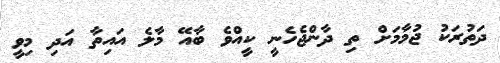
ދަތުރަކު ޖުމާމަށް ތި ދާންޖެހެނީ ކީއްވެ ބާއޭ މާލެ އައިތާ އަދި މިވީ